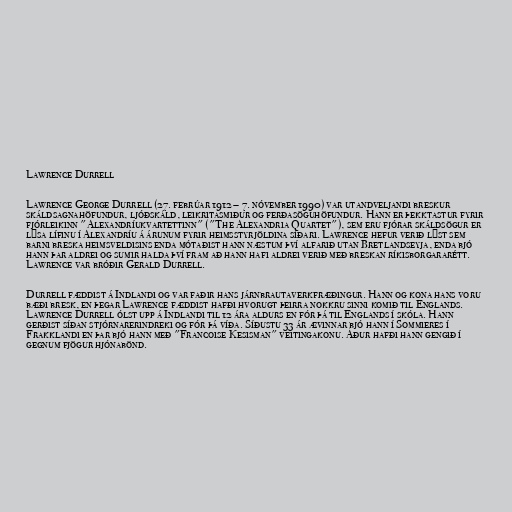
Lawrence Durrell

Lawrence George Durrell (27. febrúar 1912 – 7. nóvember 1990) var utandveljandi breskur
skáldsagnahöfundur, ljóðskáld, leikritasmiður og ferðasöguhöfundur. Hann er þekktastur fyrir
fjórleikinn "Alexandríukvartettinn" ("The Alexandria Quartet"), sem eru fjórar skáldsögur er
lýsa lífinu í Alexandríu á árunum fyrir heimsstyrjöldina síðari. Lawrence hefur verið lýst sem
barni breska heimsveldisins enda mótaðist hann næstum því alfarið utan Bretlandseyja, enda bjó
hann þar aldrei og sumir halda því fram að hann hafi aldrei verið með breskan ríkisborgararétt.
Lawrence var bróðir Gerald Durrell.

Durrell fæddist á Indlandi og var faðir hans járnbrautaverkfræðingur. Hann og kona hans voru
bæði bresk, en þegar Lawrence fæddist hafði hvorugt þeirra nokkru sinni komið til Englands.
Lawrence Durrell ólst upp á Indlandi til 12 ára aldurs en fór þá til Englands í skóla. Hann
gerðist síðan stjórnarerindreki og fór þá víða. Síðustu 33 ár ævinnar bjó hann í Sommieres í
Frakklandi en þar bjó hann með "Francoise Kesisman" veitingakonu. Áður hafði hann gengið í
gegnum fjögur hjónabönd.